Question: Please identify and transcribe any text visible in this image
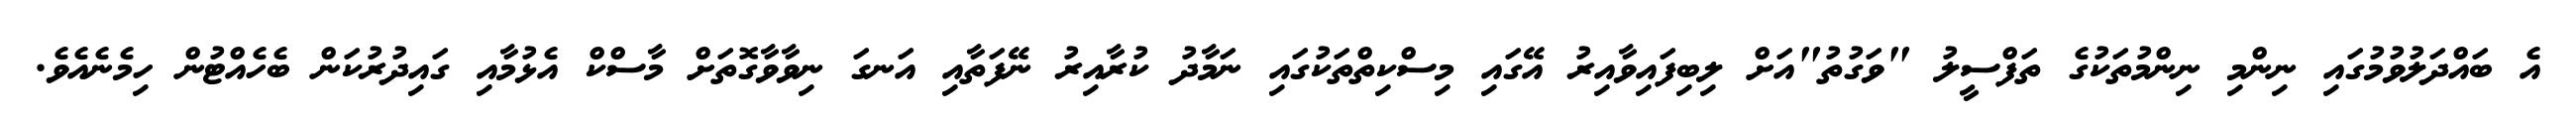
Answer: އެ ބައްދަލުވުމުގައި ނިންމި ނިންމުތަކުގެ ތަފްސީލު "ވަގުތު"އަށް ލިބިފައިވާއިރު އޭގައި މިސްކިތްތަކުގައި ނަމާދު ކުރާއިރު ނޭފަތާއި އަނގަ ނިވާވާގޮތަށް މާސްކް އެޅުމާއި ގައިދުރުކަން ބެހެއްޓުން ހިމެނެއެވެ.